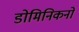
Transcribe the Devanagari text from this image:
डोमिनिकनों